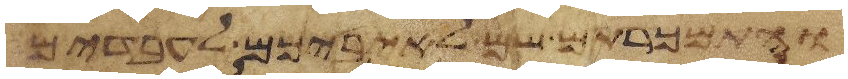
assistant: והתמכרתם שם לאיביכם לעבדים